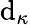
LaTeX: \mathrm{d}_{\kappa}